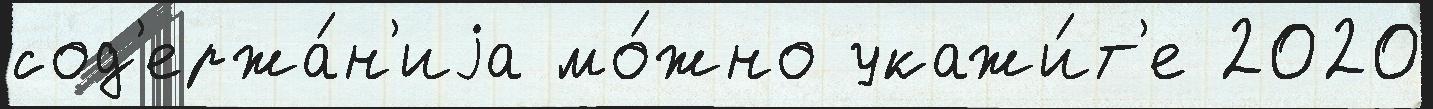
сод'ержа́н'иjа мо́жно укажи́т'е 2020